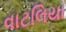
વાટલિયા